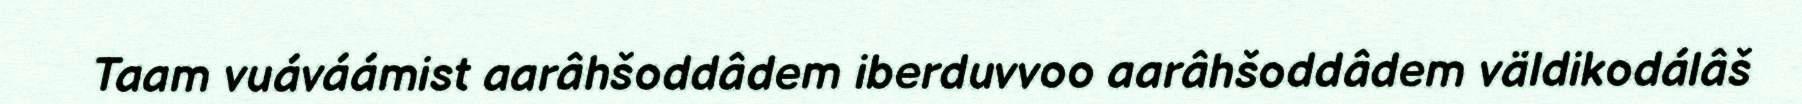
Taam vuáváámist aarâhšoddâdem iberduvvoo aarâhšoddâdem väldikodálâš